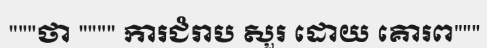
"""ថា """" ការជំរាប សួរ ដោយ គោរព"""